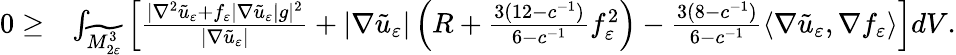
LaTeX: \begin{array}{rl}{0\ge}&{\int_{\widetilde{M_{2\varepsilon}^{3}}}\left[\frac{|\nabla^{2}\tilde{u}_{\varepsilon}+f_{\varepsilon}|\nabla\tilde{u}_{\varepsilon}|g|^{2}}{|\nabla\tilde{u}_{\varepsilon}|}+|\nabla\tilde{u}_{\varepsilon}|\left(R+\frac{3(12-c^{-1})}{6-c^{-1}}f_{\varepsilon}^{2}\right)-\frac{3(8-c^{-1})}{6-c^{-1}}\langle\nabla\tilde{u}_{\varepsilon},\nabla f_{\varepsilon}\rangle\right]dV.}\end{array}